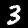
Label: 3